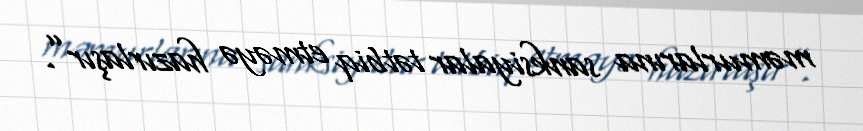
məmurlarına sanksiyalar tətbiq etməyə hazırlaşır”.